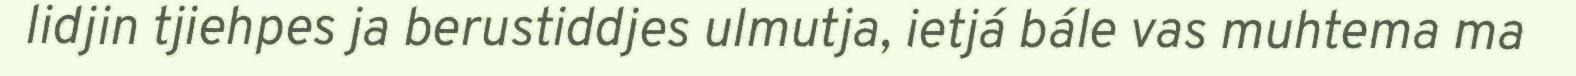
lidjin tjiehpes ja berustiddjes ulmutja, ietjá bále vas muhtema ma